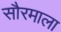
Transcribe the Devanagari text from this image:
सौरमाला